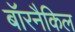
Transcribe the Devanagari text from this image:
बॉरनैकिल